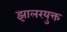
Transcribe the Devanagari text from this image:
झालरयुक्त